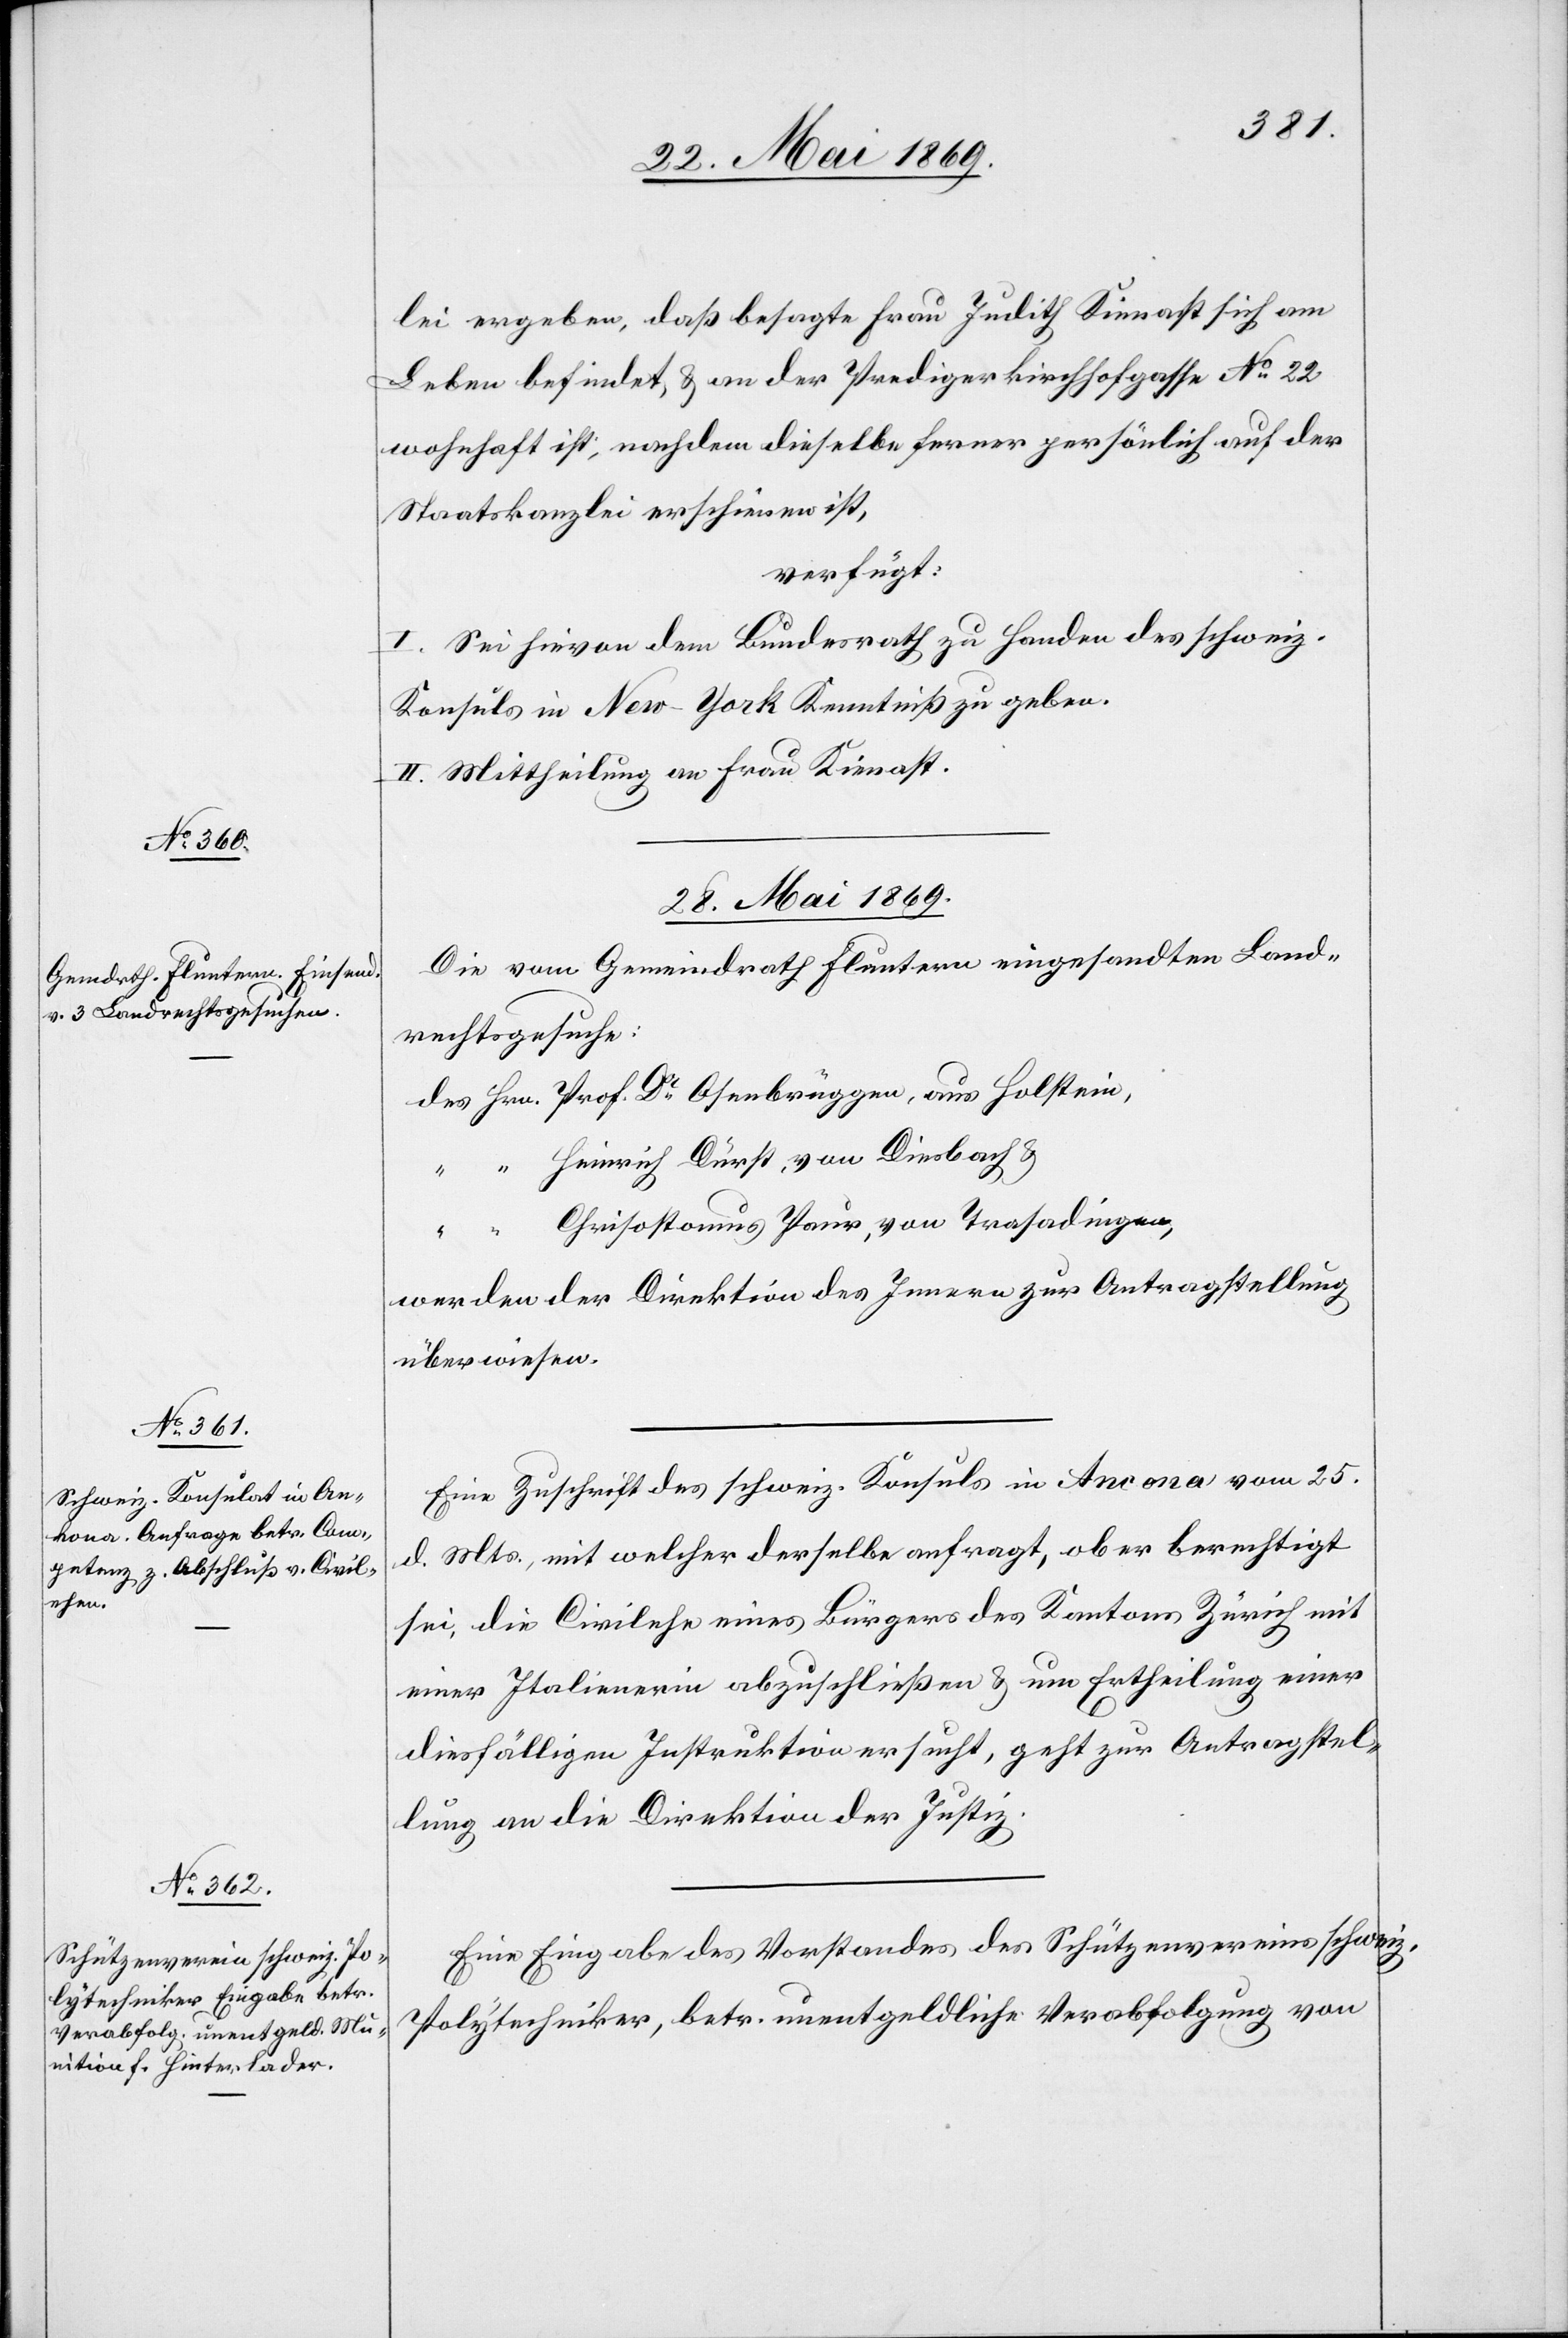
lei ergeben, daß besagte Frau Judith Kienast sich am
Leben befindet, u. an der Predigerkirchhofgasse N° 22
wohnhaft ist, nachdem dieselbe ferner persönlich auf der
Staatskanzlei erschienen ist,
verfügt:
I. Sei hievon dem Bundesrath zu Handen des schweiz.
Konsuls in New-York Kenntniß zu geben.
II. Mittheilung an Frau Kienast.
28. Mai 1869.]
Die vom Gemeindrath Fluntern eingesandten Land¬
rechtsgesuche:
des Hrn. Prof. Dr Osenbrüggen, aus Holstein,
“ “ Heinrich Dürst, von Diesbach u.
Chrisostomus Paur, von Trasadingen,
werden der Direktion des Innern zur Antragstellung
überwiesen.
Eine Zuschrift des schweiz. Konsuls in Ancona vom 25.
d. Mts., mit welcher derselbe anfragt, ob er berechtigt
sei, die Civilehe eines Bürgers des Kantons Zürich mit
einer Italienerin abzuschließen u. um Ertheilung einer
diesfälligen Instruktion ersucht, geht zur Antragstel¬
lung an die Direktion der Justiz.
Eine Eingabe des Vorstandes des Schützenvereins schweiz.
Polytechniker, betr. unentgeldliche Verabfolgung von